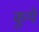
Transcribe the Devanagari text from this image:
कूये